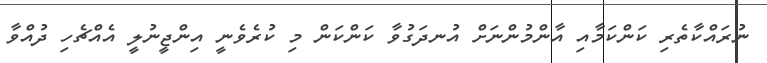
ނުރައްކާތެރި ކަންކަމާއި އާންމުންނަށް އުނދަގުވާ ކަންކަން މި ކުރެވެނީ އިންޖީނުލީ އެއްޗެހި ދުއްވާ